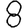
Digit: 8